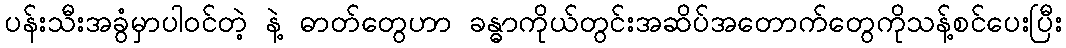
ပန်းသီးအခွံမှာပါဝင်တဲ့ နဲ့ ဓာတ်တွေဟာ ခန္ဓာကိုယ်တွင်းအဆိပ်အတောက်တွေကိုသန့်စင်ပေးပြီး